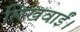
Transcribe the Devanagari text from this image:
लिखवाईं।